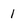
Character: 1